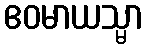
ဧဝမာယသ္မာ